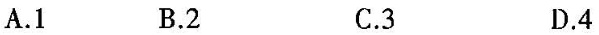
A.1 B.2 C.3 D.4